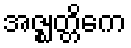
အဇ္ဈတ္တိကေ